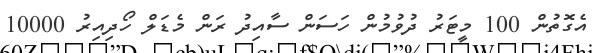
އެގޮތުން 100 މީޓަރު ދުވުމުން ހަސަން ސާއިދު ރަން މެޑަލް ހޯދިއިރު 10000